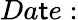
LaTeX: Da\mathsf{t}e: